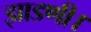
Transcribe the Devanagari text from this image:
झाडणी।